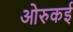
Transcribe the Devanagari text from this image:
ओरुकई